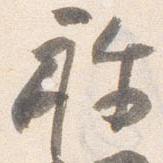
祢